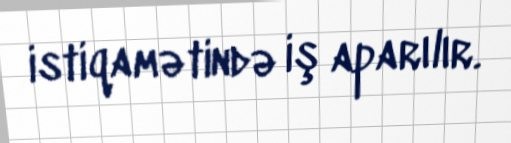
istiqamətində iş aparılır.